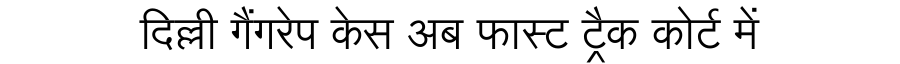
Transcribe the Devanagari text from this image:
दिल्ली गैंगरेप केस अब फास्ट ट्रैक कोर्ट में